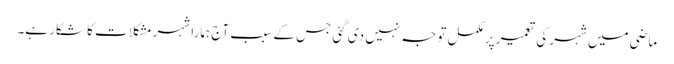
ماضی میں شہر کی تعمیر پر مکمل توجہ نہیں دی گئی جس کے سبب آج ہمارا شہر مشکلات کا شکار ہے۔